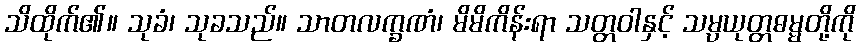
သိထိုက်၏။ သုခံ၊ သုခသည်။ သာတလက္ခဏံ၊ မိမိကိန်းရာ သတ္တဝါနှင့် သမ္ပယုတ္တဓမ္မတို့ကို